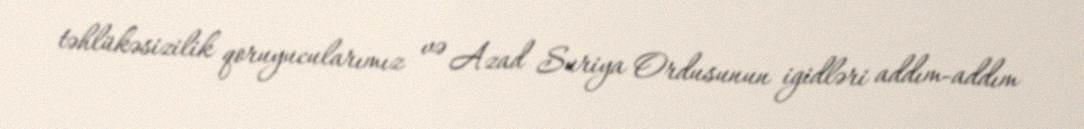
təhlükəsizilik qoruyucularımız və Azad Suriya Ordusunun igidləri addım-addım